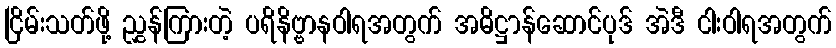
ငြိမ်းသတ်ဖို့ ညွှန်ကြားတဲ့ ပရိနိဗ္ဗာနဝါရအတွက် အဓိဋ္ဌာန်ဆောင်ပုဒ် အဲဒီ ငါးဝါရအတွက်